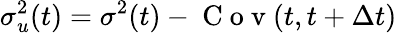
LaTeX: \sigma_{u}^{2}(t)=\sigma^{2}(t)-\mathrm{~C~o~v~}(t,t+\Delta t)